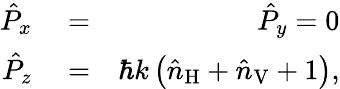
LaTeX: \begin{array}{rlr}{\hat{P}_{x}}&{{}=}&{\hat{P}_{y}=0}\\ {\hat{P}_{z}}&{{}=}&{\hbar k\left(\hat{n}_{\mathrm{H}}+\hat{n}_{\mathrm{V}}+1\right),}\end{array}